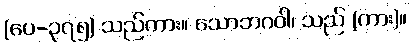
(ပေ-၃၇၅) သည်ကား။ သောဘဂဝါ၊ သည် (ကား)။